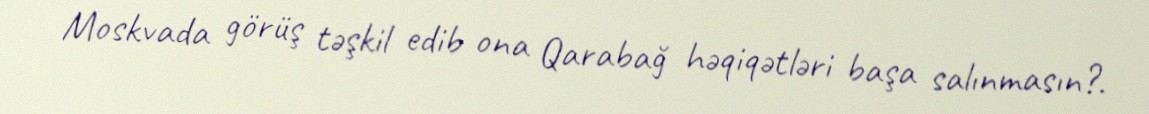
Moskvada görüş təşkil edib ona Qarabağ həqiqətləri başa salınmasın?.